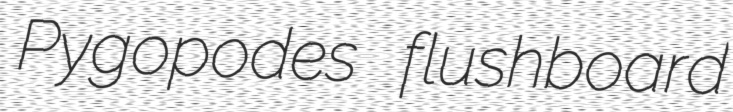
Pygopodes flushboard